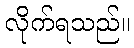
လိုက်ရသည်။